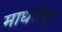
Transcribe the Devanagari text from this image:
माधवेन्द्र